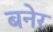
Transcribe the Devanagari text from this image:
बनेर